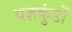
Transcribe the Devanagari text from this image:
यज्ञकुंडों